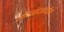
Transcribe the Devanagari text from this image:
गप्पांदर्म्यान